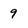
Character: 9